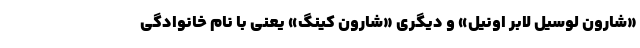
«شارون لوسیل لابر اونیل» و دیگری «شارون کینگ» یعنی با نام خانوادگی